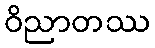
ဝိညာတဿ